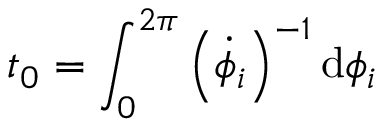
t _ { 0 } = \int _ { 0 } ^ { 2 \pi } \left( \dot { \phi } _ { i } \right) ^ { - 1 } \mathrm { d } \phi _ { i }